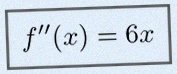
f''(x)=6x